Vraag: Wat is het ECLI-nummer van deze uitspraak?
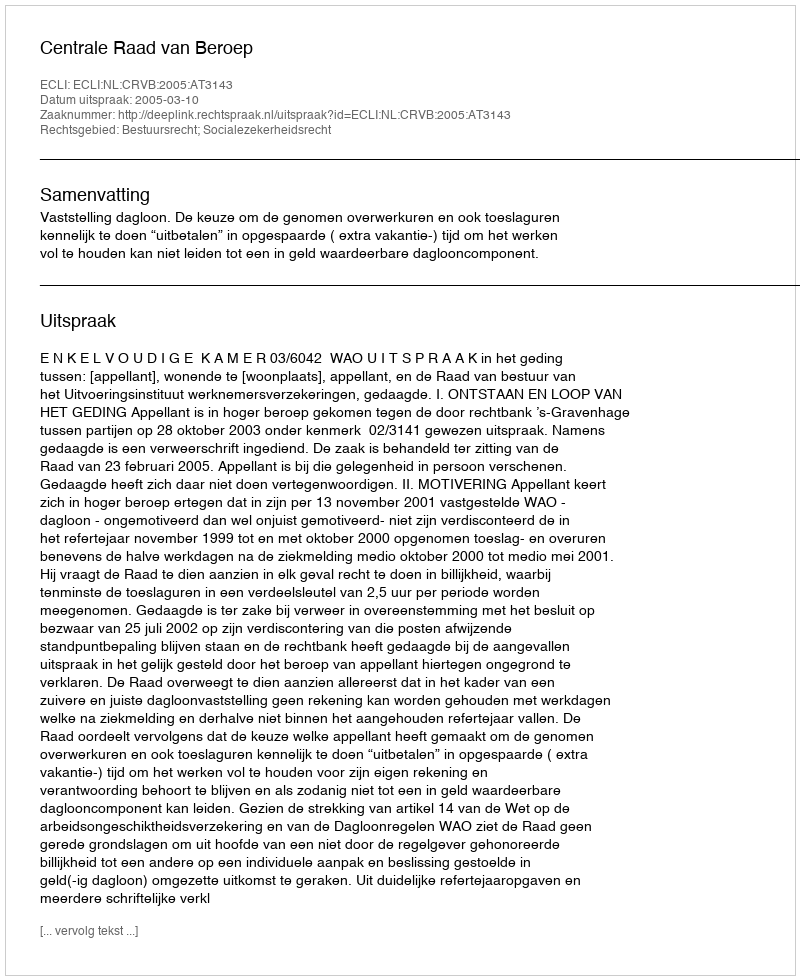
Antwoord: ECLI:NL:CRVB:2005:AT3143